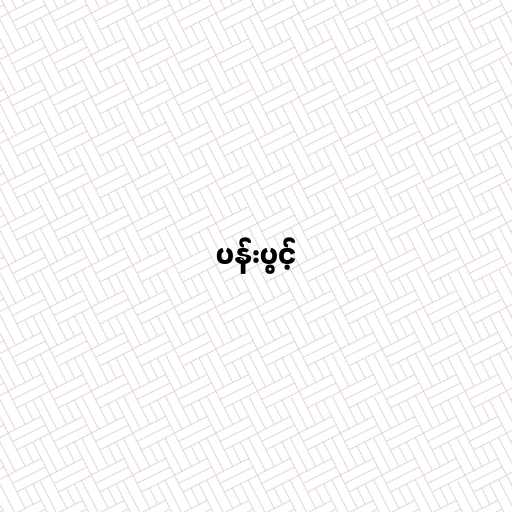
ပန်းပွင့်